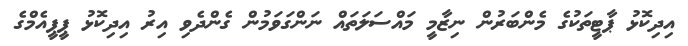
އިދިކޮޅު ޕާޓީތަކުގެ މެންބަރުން ނިޒާމީ މައްސަލަތައް ނަންގަވަމުން ގެންދެވި އިރު އިދިކޮޅު ޕީޕީއެމްގެ